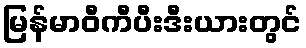
မြန်မာဝီကီပီးဒီးယားတွင်